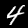
Digit: 4